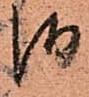
御